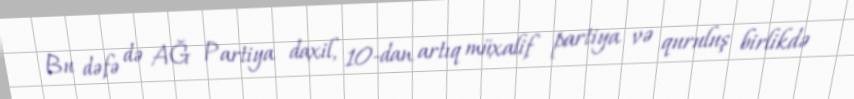
Bu dəfə də AĞ Partiya daxil, 10-dan artıq müxalif partiya və quruluş birlikdə